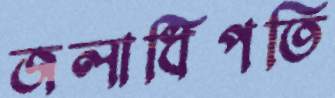
জলাধিপতি